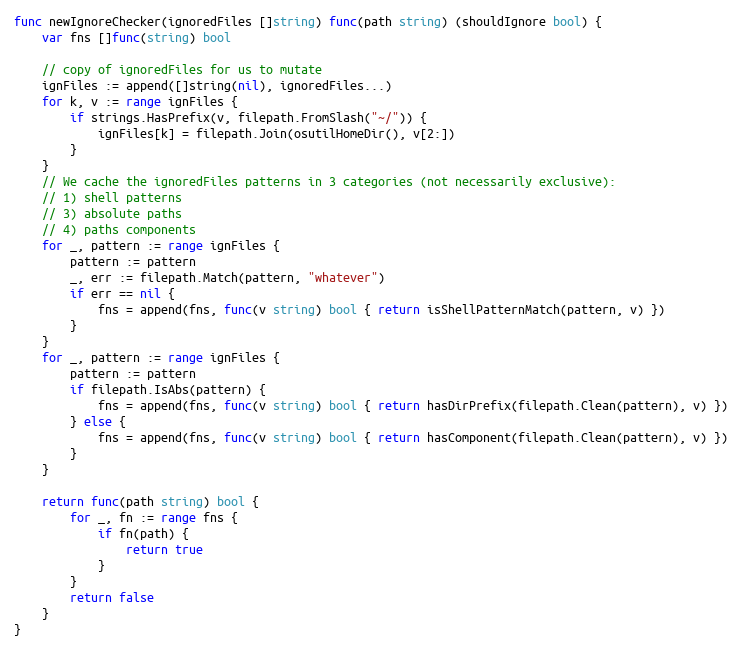
Language: Go
func newIgnoreChecker(ignoredFiles []string) func(path string) (shouldIgnore bool) {
	var fns []func(string) bool

	// copy of ignoredFiles for us to mutate
	ignFiles := append([]string(nil), ignoredFiles...)
	for k, v := range ignFiles {
		if strings.HasPrefix(v, filepath.FromSlash("~/")) {
			ignFiles[k] = filepath.Join(osutilHomeDir(), v[2:])
		}
	}
	// We cache the ignoredFiles patterns in 3 categories (not necessarily exclusive):
	// 1) shell patterns
	// 3) absolute paths
	// 4) paths components
	for _, pattern := range ignFiles {
		pattern := pattern
		_, err := filepath.Match(pattern, "whatever")
		if err == nil {
			fns = append(fns, func(v string) bool { return isShellPatternMatch(pattern, v) })
		}
	}
	for _, pattern := range ignFiles {
		pattern := pattern
		if filepath.IsAbs(pattern) {
			fns = append(fns, func(v string) bool { return hasDirPrefix(filepath.Clean(pattern), v) })
		} else {
			fns = append(fns, func(v string) bool { return hasComponent(filepath.Clean(pattern), v) })
		}
	}

	return func(path string) bool {
		for _, fn := range fns {
			if fn(path) {
				return true
			}
		}
		return false
	}
}